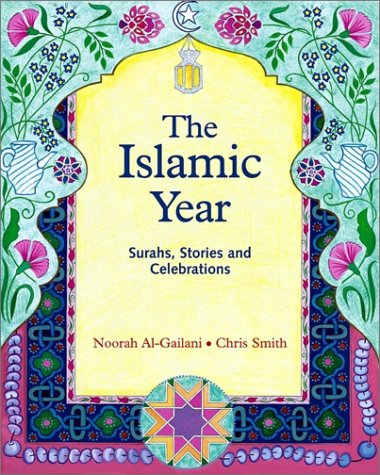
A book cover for The Islamic Year: Surahs, Stories and Celebrations (Crafts, Festivals and Family Activities Ser); Noorah Al-Gailani; Children's Books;